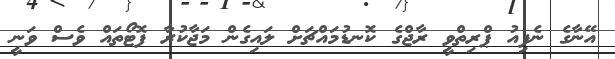
އޭނާގެ ނެފިއު ޕްރިތްވީ ރާޖްގެ ކޮނޑުމައްޗަށް ލައިގެން މަޖާކުރާ ފޮޓޯތައް ވެސް ވަނީ